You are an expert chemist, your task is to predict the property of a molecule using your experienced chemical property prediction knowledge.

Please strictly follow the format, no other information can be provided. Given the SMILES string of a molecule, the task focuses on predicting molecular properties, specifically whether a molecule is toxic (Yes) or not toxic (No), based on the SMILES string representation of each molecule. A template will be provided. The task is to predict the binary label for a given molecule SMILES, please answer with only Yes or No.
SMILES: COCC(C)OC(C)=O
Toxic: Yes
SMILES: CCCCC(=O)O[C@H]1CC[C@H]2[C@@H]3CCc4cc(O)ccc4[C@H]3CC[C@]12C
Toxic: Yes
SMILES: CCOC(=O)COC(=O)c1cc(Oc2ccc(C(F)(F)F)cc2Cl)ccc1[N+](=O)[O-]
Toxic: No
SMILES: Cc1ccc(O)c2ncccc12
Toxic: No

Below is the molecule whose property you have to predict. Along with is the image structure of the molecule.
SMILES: CSc1c(Cl)c(Cl)c(Cl)c(Cl)c1Cl
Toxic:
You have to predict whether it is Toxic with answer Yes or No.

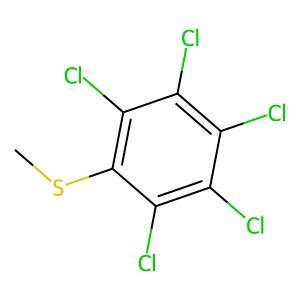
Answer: No